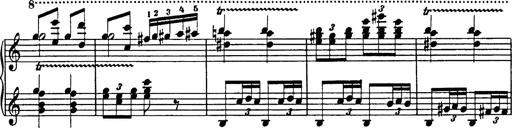
Title: Galop in A minor
Composer: Franz Liszt
Key: A minor